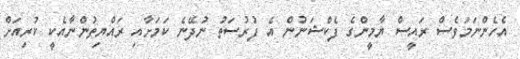
އެހެންނަމަވެސް ރައީސް ޔާމީންގެ ފެކްޝަނުން އެ ފުރުސަތު ނުދޭނެ ކަމަށާއި ރައްޔިތުންނާއެކީ ކުރިއަށް